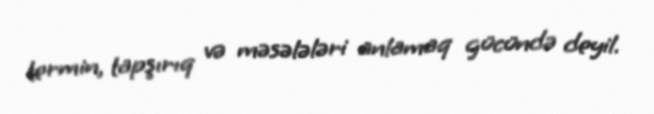
termin, tapşırıq və məsələləri anlamaq gücündə deyil.